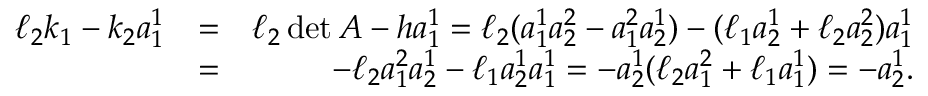
\begin{array} { r l r } { \ell _ { 2 } k _ { 1 } - k _ { 2 } a _ { 1 } ^ { 1 } } & { = } & { \ell _ { 2 } \operatorname* { d e t } A - h a _ { 1 } ^ { 1 } = \ell _ { 2 } ( a _ { 1 } ^ { 1 } a _ { 2 } ^ { 2 } - a _ { 1 } ^ { 2 } a _ { 2 } ^ { 1 } ) - ( \ell _ { 1 } a _ { 2 } ^ { 1 } + \ell _ { 2 } a _ { 2 } ^ { 2 } ) a _ { 1 } ^ { 1 } } \\ & { = } & { - \ell _ { 2 } a _ { 1 } ^ { 2 } a _ { 2 } ^ { 1 } - \ell _ { 1 } a _ { 2 } ^ { 1 } a _ { 1 } ^ { 1 } = - a _ { 2 } ^ { 1 } ( \ell _ { 2 } a _ { 1 } ^ { 2 } + \ell _ { 1 } a _ { 1 } ^ { 1 } ) = - a _ { 2 } ^ { 1 } . } \end{array}